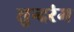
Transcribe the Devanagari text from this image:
सुन्दरंम